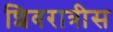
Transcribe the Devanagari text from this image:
शिवरात्रीस